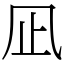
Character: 凪